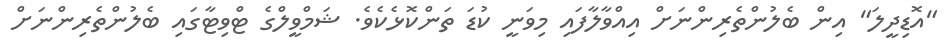
"އޮޑިދީލަ" އިން ބެލުންތެރިންނަށް އިއްވާލާފައި މިވަނީ ކުޑަ ތަންކޮޅެކެވެ. ޝަމްވީލްގެ ޓްވިޓާގައި ބެލުންތެރިންނަށް